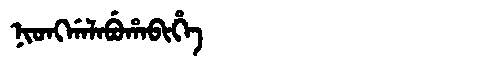
Manchu: ᠨᡳᠣᠩᡤᠠᠯᠠᠪᡠᡥᠠᠪᡳᡥᡝ
Romanization: NIONGGALABUHABIHE